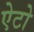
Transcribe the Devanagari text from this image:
ऐटो